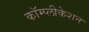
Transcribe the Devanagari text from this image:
कॉम्प्लीकेशन